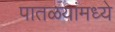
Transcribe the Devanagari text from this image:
पातळयांमध्ये